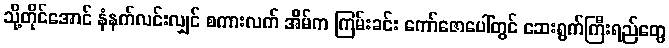
သို့တိုင်အောင် နံနက်လင်းလျှင် စကားလက် အိမ်က ကြမ်းခင်း ကော်ဇောပေါ်တွင် ဆေးရွက်ကြီးရည်တွေ